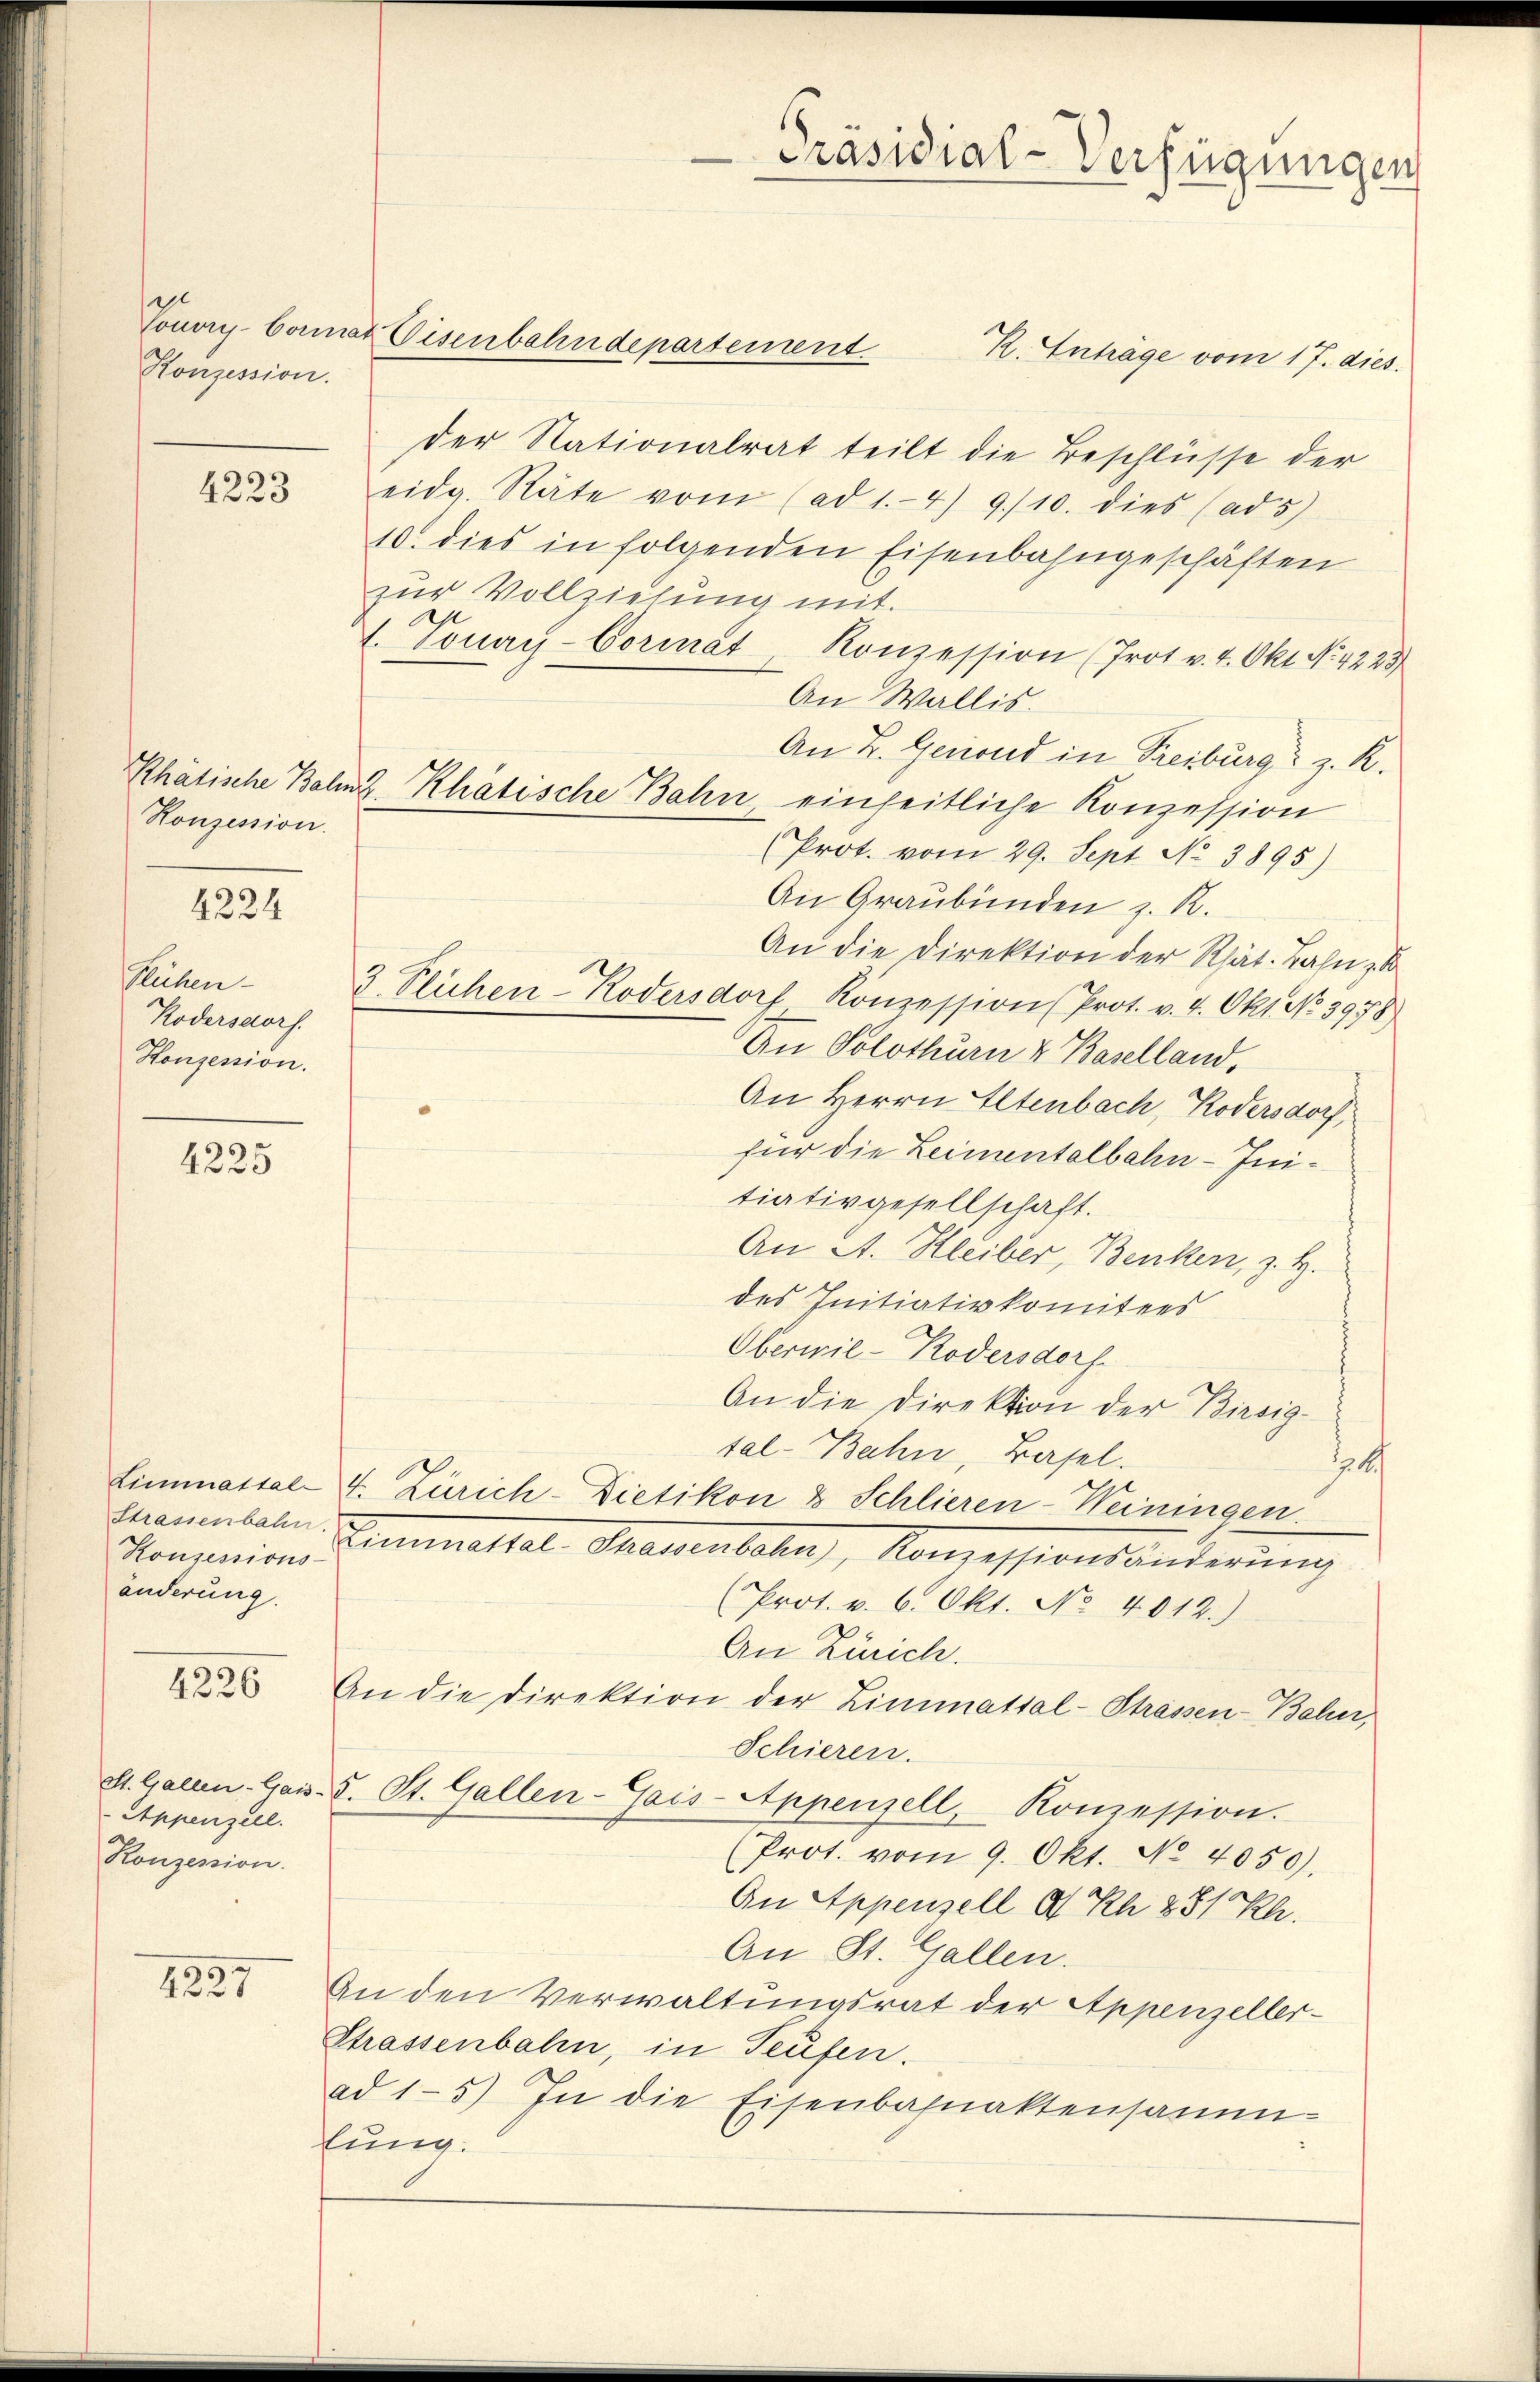
Konzession.

4223

Konzession.

4224

Plühen
Kodersdorf.
Honzession.

4225

4226

Appenzell.
Konzession.

4227

Louvry-Commat Eisenbahndepartement.

Strassenbahn.
änderung.

R. Enträge vom 17. dies
der Nationalrat teilt die Beschlüsse der
eidg. Räte vom (ad 1.4) 9/10. dies (ad 5)
10. dies in folgenden Eisenbahngeschäften
zur Vollziehung mit.
1. Tonay-Cormat Konzession (Prot v. 4. Okt No. 4223
An Wallis.
An B. Genond in Freiburg z. R.
(Prot. vom 29. Sept No. 3895)
An Graubünden z. R.
An die Direktion der Rhät. Bahn z
3 Flichen-Koversdorf Konzession Prot. v. 4. Okt. No. 3978).
An Solothurn v. Baselland,
An Herrn Altenbach, Kodersdorf,
für die Leimentalbahn-Initiativgesellschaft.
An A. Kleiber, Benken, z. H.
des Initiativkomitees
Oberwil-Kodersdorf
An die Direktion der Birsigsal-Bahn, Basel.
l
Limmassal-4. Zürich-Dietikon & Schlieren-Weiningen.
Konsenion Zimmettel Chaisenbahn, Konzessionsänderŭng
(Prot. v. 6. Okt. No. 4012.)
An Zürich.
An die Direktion der Limmattal-Strassen-Bale,
Schieren.
St. Galien-Gais. S. St. Gallen-Gais-Appenzell, Konzession.
Prot. vom 9. Okt. No. 4050).
An Appenzell A. Rh. 881 kl.
An St. Gallen.
An den Verwaltungsrat der Appenzeller¬
Strassenbahn, in Teufen.
ad 15) In die Eisenbahnaktensamm-
lung.

Rhätische Bahnz Rhätische Bahn, einheitliche Konzession

Präsidial-Verfügungen